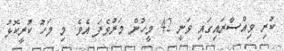
ކުރި ވިއްސާރައިގައި ވަނީ 42 މީހުން މަރުވެފަ އެވެ. މި މަހު ކުރީކޮޅު